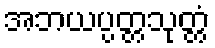
အဘယပ္ပတ္တသုတ္တံ